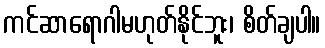
ကင်ဆာရောဂါမဟုတ်နိုင်ဘူး၊ စိတ်ချပါ။